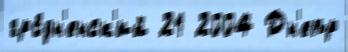
гро́дн'енск'ий 21 2004 Дн'епр